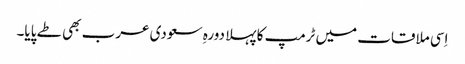
اِسی ملاقات میں ٹرمپ کا پہلا دورہِ سعودی عرب بھی طے پایا۔